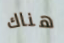
هناك